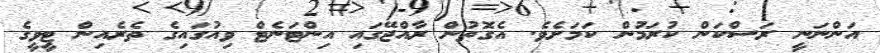
އަންނަނީ ރަސްކަން ކުރަމުން ކަމަށެވެ. އެގޮތުން ރާއްޖޭގައި އިންޓަނެޓް ވިއުގައިގެ ތެރެއިން ޓީވީގެ